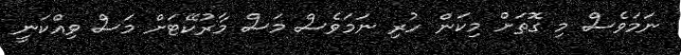
ނަމަވެސް މި ގޮތަށް މިކަން ހުރި ނަމަވެސް މަސް މާރުކޭޓަށް މަސް ވިއްކަނީ